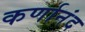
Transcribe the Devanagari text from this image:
कर्णानंद